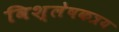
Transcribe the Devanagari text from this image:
विश्लेषकत्रय